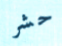
حشر